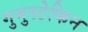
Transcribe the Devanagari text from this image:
गुमुस्टेकिन